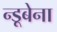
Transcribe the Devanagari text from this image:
न्डूबेना